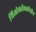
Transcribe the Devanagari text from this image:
थिओकॉलचीचीन